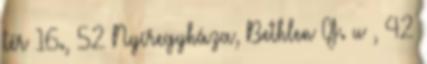
tér 16., 52 Nyíregyháza, Bethlen G. u , 42